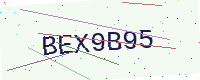
Text: BEX9B95